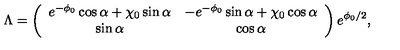
\Lambda = \left( \begin{array} { c c } { e ^ { - \phi _ { 0 } } \cos \alpha + \chi _ { 0 } \sin \alpha } & { - e ^ { - \phi _ { 0 } } \sin \alpha + \chi _ { 0 } \cos \alpha } \\ { \sin \alpha } & { \cos \alpha } \\ \end{array} \right) e ^ { \phi _ { 0 } / 2 } ,